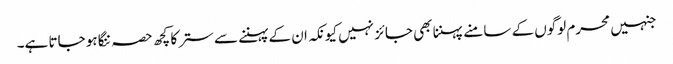
جنہیں محرم لوگوں کے سامنے پہننا بھی جائز نہیں کیونکہ ان کے پہننے سے ستر کا کچھ حصہ ننگا ہو جاتا ہے۔